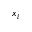
x _ { i }